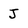
Character: J